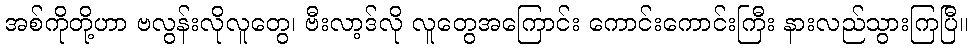
အစ်ကိုတို့ဟာ ဗလွန်းလိုလူတွေ၊ ဗီးလာ့ဒ်လို လူတွေအကြောင်း ကောင်းကောင်းကြီး နားလည်သွားကြပြီ။